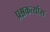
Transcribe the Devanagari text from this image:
प्रश्नकर्त्यास